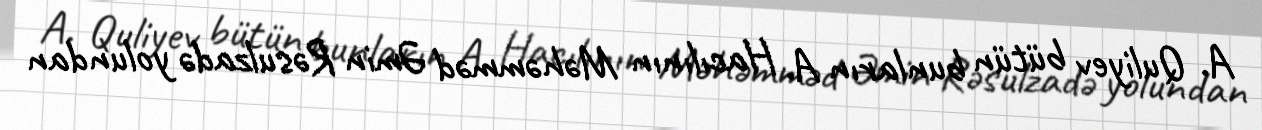
A. Quliyev bütün bunların A. Hacılının Məhəmməd Əmin Rəsulzadə yolundan